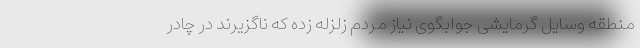
منطقه وسایل گرمایشی جوابگوی نیاز مردم زلزله زده که ناگزیرند در چادر